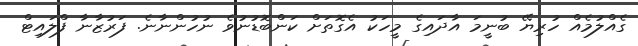
ގެއްލުމެއް ހުރިޔޭ ބުނީމަ އާދައިގެ މީހަކު އެގޮތަށް ކަންބޮޑުނުވެ ނުހުންނާނެ. ފަރުޒާނާ ފްލައިޓް